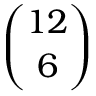
\binom { 1 2 } { 6 }